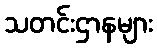
သတင်းဌာနများ